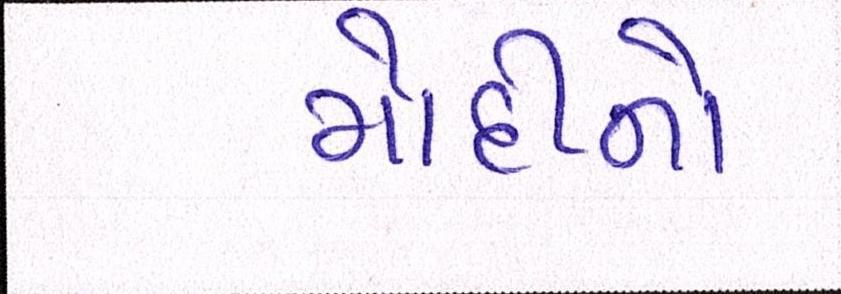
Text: મોદીનો